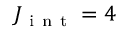
J _ { \mathrm { ~ i ~ n ~ t ~ } } = 4